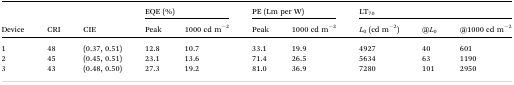
<table><thead><tr><td rowspan="2"><b>Device</b></td><td rowspan="2"><b>CRI</b></td><td rowspan="2"><b>CIE</b></td><td colspan="2"><b>EQE (%)</b></td><td colspan="2"><b>PE (Lm per W)</b></td><td colspan="3"><b>LT<sub>70</sub></b></td></tr><tr><td><b>Peak</b></td><td><b>1000 cd m<sup>–2</sup></b></td><td><b>Peak</b></td><td><b>1000 cd m<sup>–2</sup></b></td><td><b><i>L</i><sub>0</sub> (cd m<sup>–2</sup>)</b></td><td><b>@<i>L</i><sub>0</sub></b></td><td><b>@1000 cd m<sup>–2</sup></b></td></tr></thead><tbody><tr><td>1</td><td>48</td><td>(0.37, 0.51)</td><td>12.8</td><td>10.7</td><td>33.1</td><td>19.9</td><td>4927</td><td>40</td><td>601</td></tr><tr><td>2</td><td>45</td><td>(0.45, 0.51)</td><td>23.1</td><td>13.6</td><td>71.4</td><td>26.5</td><td>5634</td><td>63</td><td>1190</td></tr><tr><td>3</td><td>43</td><td>(0.48, 0.50)</td><td>27.3</td><td>19.2</td><td>81.0</td><td>36.9</td><td>7280</td><td>101</td><td>2950</td></tr></tbody></table>